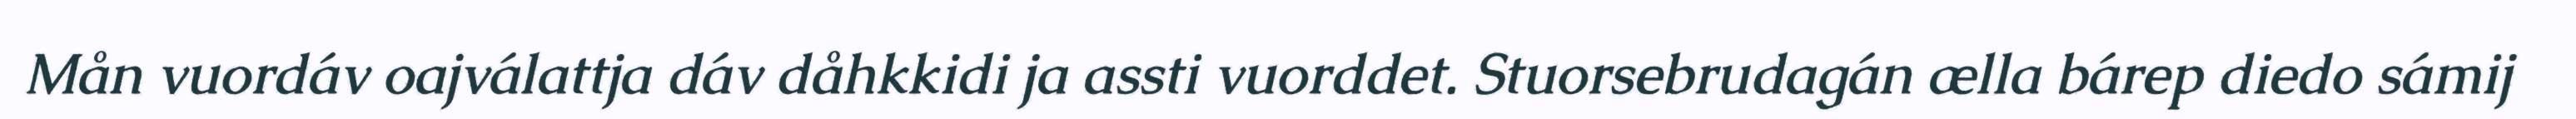
Mån vuordáv oajválattja dáv dåhkkidi ja assti vuorddet. Stuorsebrudagán ælla bárep diedo sámij